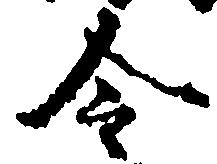
令